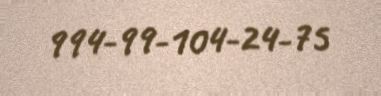
994-99-104-24-75